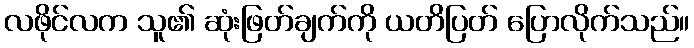
လဖိုင်လက သူ၏ ဆုံးဖြတ်ချက်ကို ယတိပြတ် ပြောလိုက်သည်။